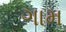
ગામ